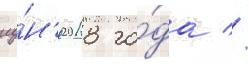
иу́н'я 2018 го́да //